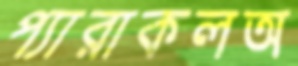
প্যারাকলঅ